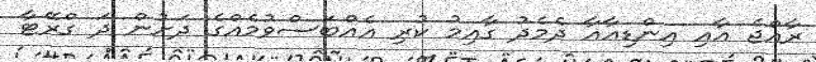
ރާއްޖެ އާއި އިންޑިއާއާ ދެމެދު ގާއިމު ކުރި އެއްބަސްވުމެއްގެ ދަށުން ދަ ގްރޭޓާ